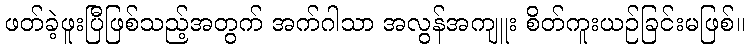
ဖတ်ခဲ့ဖူးပြီဖြစ်သည့်အတွက် အက်ဂါသာ အလွန်အကျူး စိတ်ကူးယဉ်ခြင်းမဖြစ်။